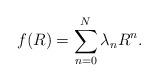
LaTeX: \begin{align*} f(R) = \sum_{n=0}^{N} \lambda_n R^n.\end{align*}